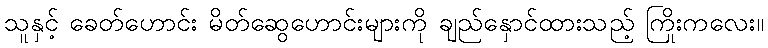
သူနှင့် ခေတ်ဟောင်း မိတ်ဆွေဟောင်းများကို ချည်နှောင်ထားသည့် ကြိုးကလေး။